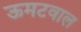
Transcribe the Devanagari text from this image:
ऊमटवाल